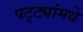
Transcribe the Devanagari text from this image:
पट्ट्यांमधे